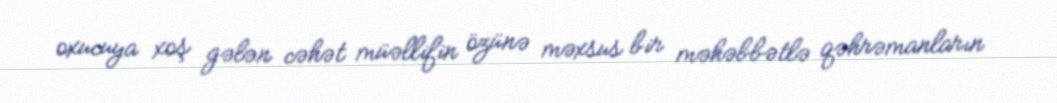
oxucuya xoş gələn cəhət müəllifin özünə məxsus bir məhəbbətlə qəhrəmanların